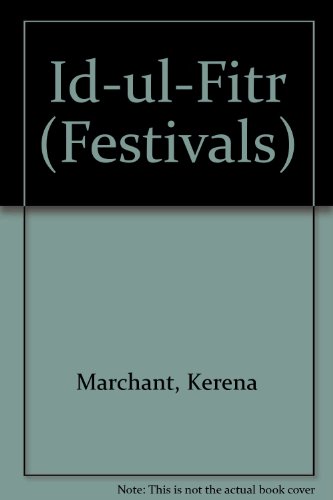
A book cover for Id-ul-Fitr (Festivals); Kerena Marchant; Children's Books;